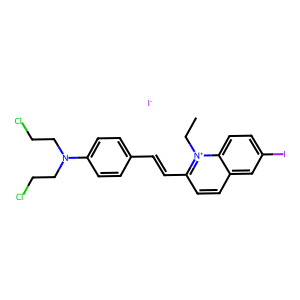
SMILES: CC[n+]1c(C=Cc2ccc(N(CCCl)CCCl)cc2)ccc2cc(I)ccc21.[I-]
Inhibits HIV replication: No